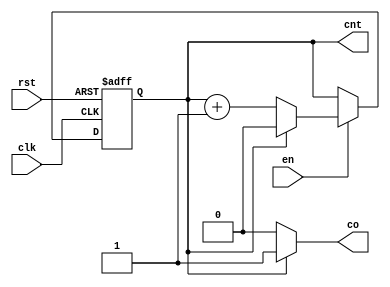
module cntnbit #(parameter N = 1) (clk, rst, en, cnt, co);
	input clk, rst, en;
	output reg [$clog2(N):0] cnt;
	output wire co;
	assign co = (cnt == N) ? 1:0;
	always @(posedge clk, posedge rst)begin
		if (rst) cnt <= 0;
		else if(en == 0) cnt <= cnt;
		else if(cnt == N) cnt <= 0;
		else cnt <= cnt + 1;
	end
endmodule